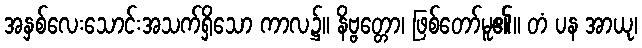
အနှစ်လေးသောင်းအသက်ရှိသော ကာလ၌။ နိဗ္ဗတ္တော၊ ဖြစ်တော်မူ၏။ တံ ပန အာယု၊